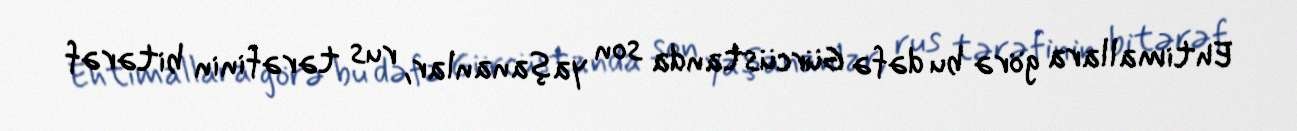
Ehtimallara görə bu dəfə Gürcüstanda son yaşananlar, rus tərəfinin bitərəf